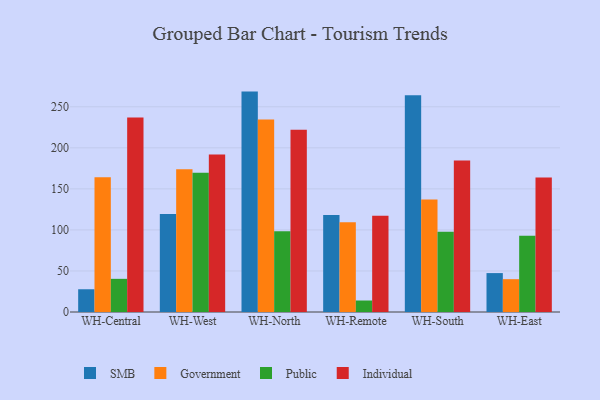
{"axis": {"x": "Warehouse", "y": "Population (Million)"}, "legend": ["Government", "Individual", "Public", "SMB"], "data": [{"x": "WH-Central", "y": 27.7, "type": "SMB"}, {"x": "WH-Central", "y": 164.2, "type": "Government"}, {"x": "WH-Central", "y": 40.4, "type": "Public"}, {"x": "WH-Central", "y": 237.0, "type": "Individual"}, {"x": "WH-West", "y": 119.4, "type": "SMB"}, {"x": "WH-West", "y": 173.8, "type": "Government"}, {"x": "WH-West", "y": 169.6, "type": "Public"}, {"x": "WH-West", "y": 192.0, "type": "Individual"}, {"x": "WH-North", "y": 268.5, "type": "SMB"}, {"x": "WH-North", "y": 234.4, "type": "Government"}, {"x": "WH-North", "y": 98.3, "type": "Public"}, {"x": "WH-North", "y": 222.1, "type": "Individual"}, {"x": "WH-Remote", "y": 118.1, "type": "SMB"}, {"x": "WH-Remote", "y": 109.2, "type": "Government"}, {"x": "WH-Remote", "y": 14.0, "type": "Public"}, {"x": "WH-Remote", "y": 117.2, "type": "Individual"}, {"x": "WH-South", "y": 264.1, "type": "SMB"}, {"x": "WH-South", "y": 137.2, "type": "Government"}, {"x": "WH-South", "y": 97.9, "type": "Public"}, {"x": "WH-South", "y": 184.5, "type": "Individual"}, {"x": "WH-East", "y": 47.4, "type": "SMB"}, {"x": "WH-East", "y": 40.0, "type": "Government"}, {"x": "WH-East", "y": 92.8, "type": "Public"}, {"x": "WH-East", "y": 163.9, "type": "Individual"}]}